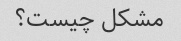
مشکل چیست؟